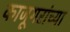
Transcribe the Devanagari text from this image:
काजूगरांच्या